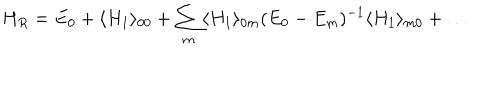
H _ { R } = E _ { 0 } + \langle H _ { 1 } \rangle _ { 0 0 } + \sum _ { m } \langle H _ { 1 } \rangle _ { 0 m } ( E _ { 0 } - E _ { m } ) ^ { - 1 } \langle H _ { 1 } \rangle _ { m 0 } + \dots